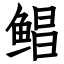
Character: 鲳